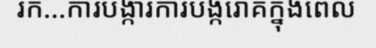
រក...ការបង្ការការបង្ករោគក្នុងពេល